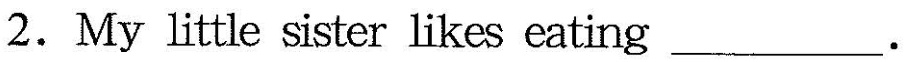
2.My little sister likes eating ___.